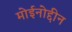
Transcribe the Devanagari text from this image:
मोईनोद्दीन